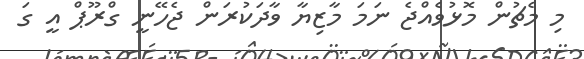
މި މެޗުން މޮޅުވެއްޖެ ނަމަ މާޒިޔާ ވާދަކުރަން ޖެހޭނީ ގްރޫޕް އީ ގަ